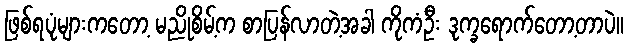
ဖြစ်ရပုံများကတော့ မညိုစိမ့်က စာပြန်လာတဲ့အခါ ကိုကံဦး ဒုက္ခရောက်တော့တာပဲ။